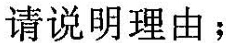
请说明理由；